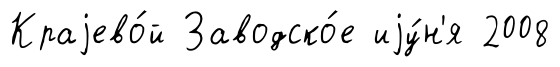
Краjево́й Заводско́е иjу́н'я 2008